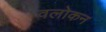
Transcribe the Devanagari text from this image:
वलोकन